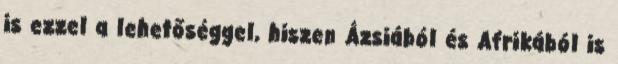
is ezzel a lehetőséggel, hiszen Ázsiából és Afrikából is